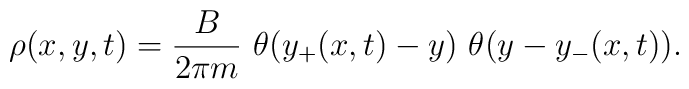
\rho(x, y, t) = {B \over 2 \pi m}\ \theta (y_+ (x, t) - y) \ \theta(y - y_-(x, t)).